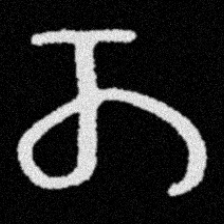
Pyu character \u2014 Myanmar letter: တ (romanized: ta)